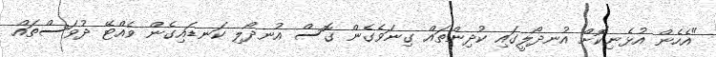
"އެހެން އުޅެނިކޮށް އުނދޯލީގައި ކުދިންތައް ގިނަވެގެން ގޮސް އުނދޯލި ކަނޑައިގެން ވެއްޓޭ ދުވަސްތައް